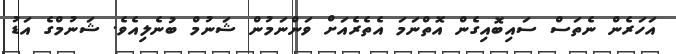
އަހަރެން ނެތަސް ސައިބޮއިގެން އޮތްނަމަ އެތެރެއަށް ވަންނަމުން ޝަނުމް ބުނެލިއެވެ. ޝަނުމްގެ އަޑު